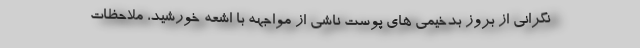
نگرانی از بروز بدخیمی های پوست ناشی از مواجهه با اشعه خورشید، ملاحظات